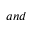
a n d